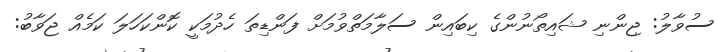
ސުވާލު: ޖިންނި ޝައިތޯނުންގެ ކިބައިން ސަލާމަތްވުމަށް ފަންޑިތަ ހެދުމަކީ ކޮންކަހަލަ ކަމެއް ޖަވާބު: